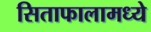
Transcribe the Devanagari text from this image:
सिताफालामध्ये